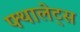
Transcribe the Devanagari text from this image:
फ्थालेट्स